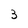
Character: B